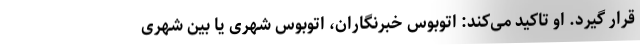
قرار گیرد. او تاکید می‌کند: اتوبوس خبرنگاران، اتوبوس شهری یا بین شهری